Leaving Certificate Examination, 1925
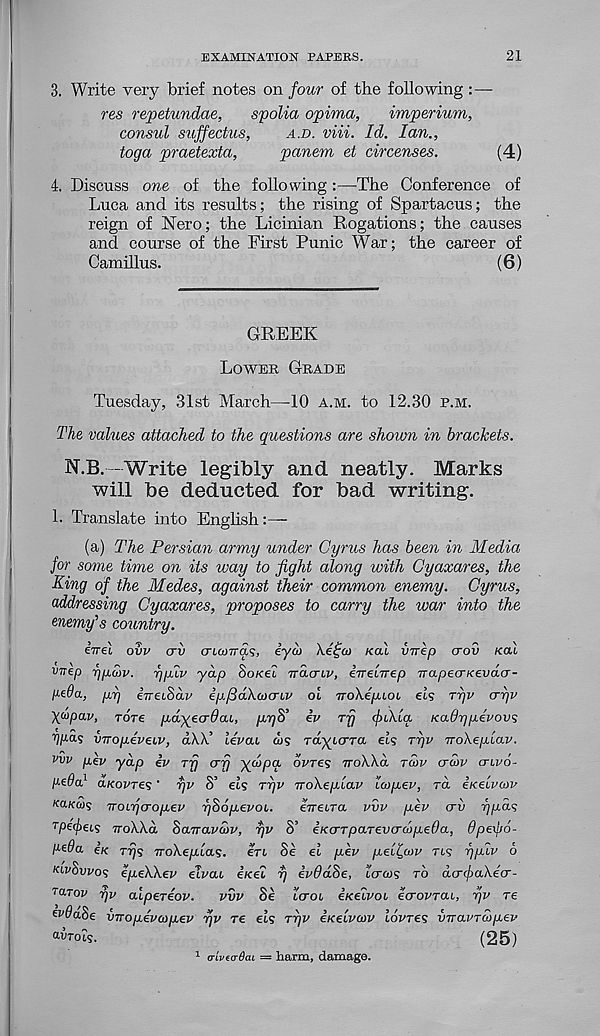
EXAMINATION PAPERS.
21
3. Write very brief notes on four of the following :—-
res repetundae,
spolia opima,
imperium,
consul stiffectus,
A.D. viii. Id. Ian.,
toga praetexta,
panem et circenses.
(4)
4. Discuss one of the following:—The Conference of
Luca and its results; the rising of Spartacus; the
reign of Nero; the Licinian Rogations; the causes
and course of the First Punic War; the career of
Camillus.
(6)
GREEK
LOWER GRADE
Tuesday, 31st March—10 A.M. to 12.30 P.M.
The values attached to the questions are shown in brackets.
N.B.-Write legibly and neatly. Marks
will be deducted for bad writing.
L Translate into English
(a) The Persian army under Cyrus has been in Media
for some time on its way to fight along with Cyaxares, the
King of the Medes, against their common enemy. Cyrus,
addressing Cyaxares, proposes to carry the war into the
enemy's country.
itrel ovv crv triomaq, iyaj \e£(i) Kal vnep crov KOU
rwep rjfjLuiv. ryliv yap SoKei irdcriv, iirenrep trapecrKevda-
pe9a, pp ineiSdv ip./3d\a)criv oi iroXepuoi eis ryv cryv
\u>pav, rdre ydyecrdai, yyS’ iv Tjj fiXla. Kadrjpevovs
ijpds vnoyeveiv, dAX’ ievai
rdytcrTa ets ryv no\ep.[av.
vvv pev yap iv rfj crfj ydpa ovres iroXXd TWV <jd)v cruvo-
pe6a} a/copres' r/v S’ eis ryv rroXeylav Icopev, TO. iKeivcov
KaKus noiTjcropev ySopevoi.
eneira vvv pkv crv ypas
rpefeis TroXXd hatravStv, yv S’ iKo-TparevcrcopeOa, dpexpo-
ptOa ix Trjs TroXeplas. ert Se et pev pet^cov rt? rjplv 6
KIVSVVOS ipeXXev elvai iKei y ivddSe, ccrojg TO dcrfaXecr-
TUTOV r/v alpereov.
vvv Se tcrot ixeivoi ecrovrai, yv re
Ef^aSe vnopevcopev yv re ets ryv eKelvcov tovres vTravTwp-ev
WTOtS.
(25)
1 arivtadai = harm, damage.